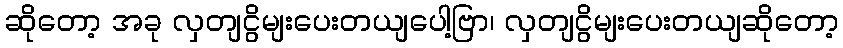
ဆိုတော့ အခု လှတျငွိမျးပေးတယျပေါ့ဗြာ၊ လှတျငွိမျးပေးတယျဆိုတော့